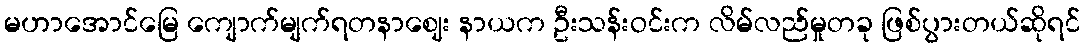
မဟာအောင်မြေ ကျောက်မျက်ရတနာဈေး နာယက ဦးသန်းဝင်းက လိမ်လည်မှုတခု ဖြစ်ပွားတယ်ဆိုရင်